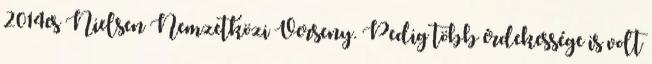
2014es Nielsen Nemzetközi Verseny. Pedig több érdekessége is volt